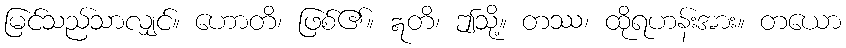
မြင်သည်သာလျှင်။ ဟောတိ၊ ဖြစ်၏။ ဣတိ၊ ဤသို့။ တဿ၊ ထိုရဟန်းအား။ တယော